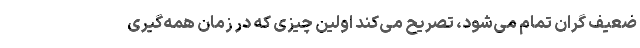
ضعیف گران تمام می‌شود، تصریح می‌کند اولین چیزی که در زمان همه‌گیری